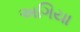
અગિયા